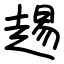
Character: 䞶